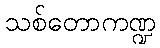
သစ်တောကဏ္ဍ